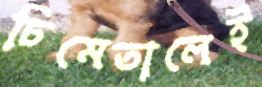
ঢিমেতালেই